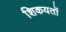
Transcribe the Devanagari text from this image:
शिकयतों